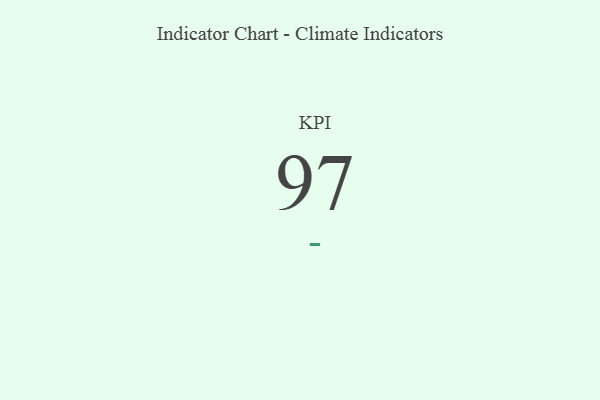
{"axis": {"x": "KPI", "y": "Value"}, "legend": [""], "data": [{"x": "KPI", "y": 97, "type": ""}]}